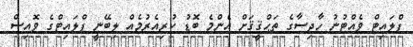
ފްލައިޓް ވެއްޓުނު ހާދިސާގެ ތަޙްޤީޤަށް އެންމެ ބޮޑު ކުރިއެރުމެއް ލިބޭނީ ފްލައިޓްގެ ވޮއިސް